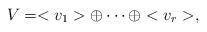
LaTeX: \begin{align*}V=<v_1>\oplus \cdots \oplus <v_r>,\end{align*}